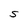
Character: S